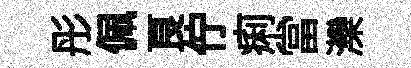
彤佩良佇痢當灤